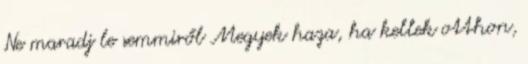
Ne maradj le semmiről Megyek haza, ha kellek otthon,